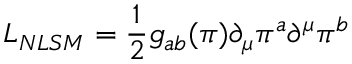
{ \cal L } _ { N L S M } = \frac { 1 } { 2 } g _ { a b } ( \pi ) \partial _ { \mu } \pi ^ { a } \partial ^ { \mu } \pi ^ { b }